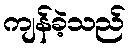
ကျန်ခဲ့သည်